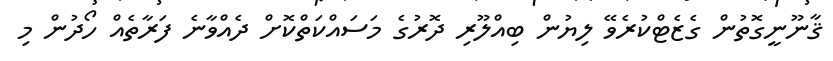
ޤާނޫނީގޮތުން ގެޒެޓްކުރެވޭ ލިޔުން ބިއްލޫރި ދޮރުގެ މަސައްކަތްކޮށް ދެއްވާނެ ފަރާތެއް ހޯދުން މި